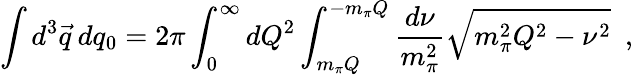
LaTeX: \int d^{3}\vec{q}\: dq_{0}=2\pi\int_{0}^{\infty}dQ^{2}\int_{m_{\pi}Q}^{-m_{\pi}Q}{\frac{d\nu}{m_{\pi}^{2}}}\sqrt{m_{\pi}^{2}Q^{2}-\nu^{2}}\ \ ,